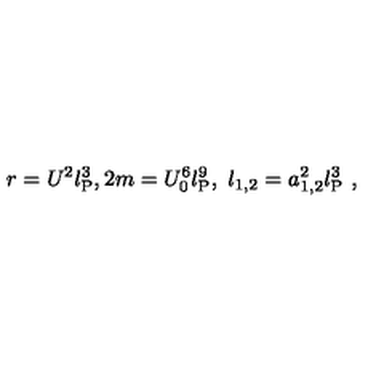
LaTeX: r = U ^ { 2 } l _ { \mathrm { P } } ^ { 3 } , 2 m = U _ { 0 } ^ { 6 } l _ { \mathrm { P } } ^ { 9 } , \ \l _ { 1 , 2 } = a _ { 1 , 2 } ^ { 2 } l _ { \mathrm { P } } ^ { 3 } \ ,